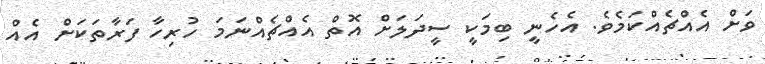
ވަށް އެއްޗެއްކަމެވެ. އެހެނީ ބިމަކީ ސީދަލަށް އޮތް އެއްޗެއްނަމަ ހުރިހާ ފަރާތަކަށް އެއް